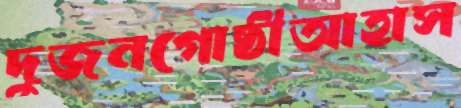
দুজনগোষ্ঠীআহাস